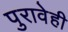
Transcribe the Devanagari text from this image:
पुरावेही